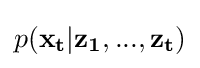
p(\mathbf {x_{t}} |\mathbf {z_{1},...,z_{t}} )